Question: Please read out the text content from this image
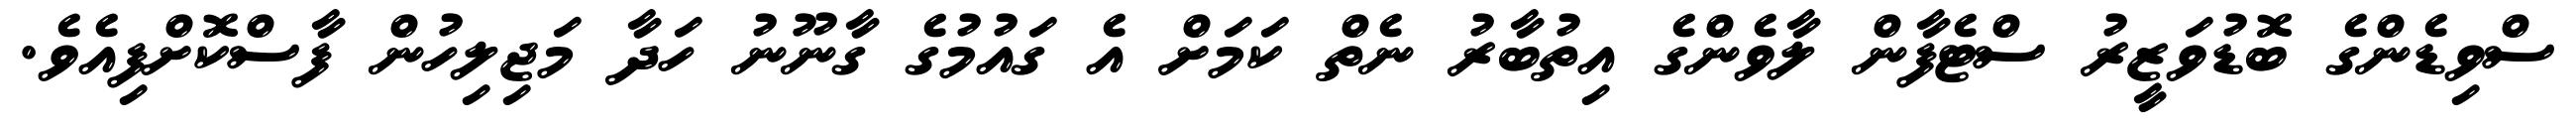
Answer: ސްވިޑެންގެ ބޮޑުވަޒީރު ސްޓެފާން ލާވެންގެ އިތުބާރު ނެތް ކަމަށް އެ ގައުމުގެ ގާނޫނު ހަދާ މަޖިލިހުން ފާސްކޮށްފިއެވެ.